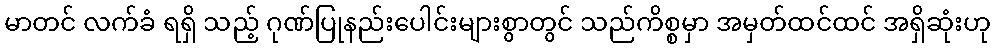
မာတင် လက်ခံ ရရှိ သည့် ဂုဏ်ပြုနည်းပေါင်းများစွာတွင် သည်ကိစ္စမှာ အမှတ်ထင်ထင် အရှိဆုံးဟု